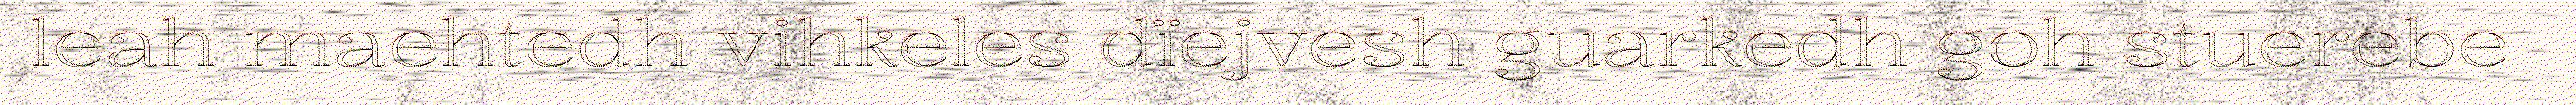
leah maehtedh vihkeles dïejvesh guarkedh goh stuerebe